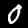
Label: 0